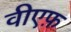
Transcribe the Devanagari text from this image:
वीएफ़